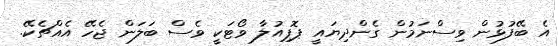
އެ ބޭފުޅުން ވިސްނަމުން ގެންދިޔައީ ޕޮޕިއުލާ ވޯޓަކީ ވެސް ބަލަން ޖެހޭ އެއްޗެކޭ.